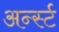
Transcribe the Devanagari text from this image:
अर्न्‍स्ट